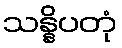
သန္နိပတုံ